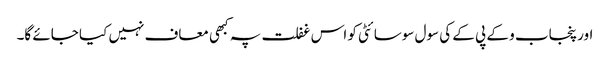
اور پنجاب و کے پی کے کی سول سوسائٹی کو اس غفلت پہ کبھی معاف نہیں کیا جائے گا۔